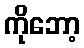
ကိုဘော့